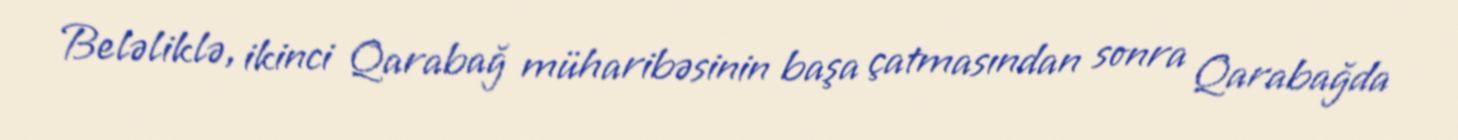
Beləliklə, ikinci Qarabağ müharibəsinin başa çatmasından sonra Qarabağda